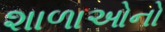
શાળાઓનો